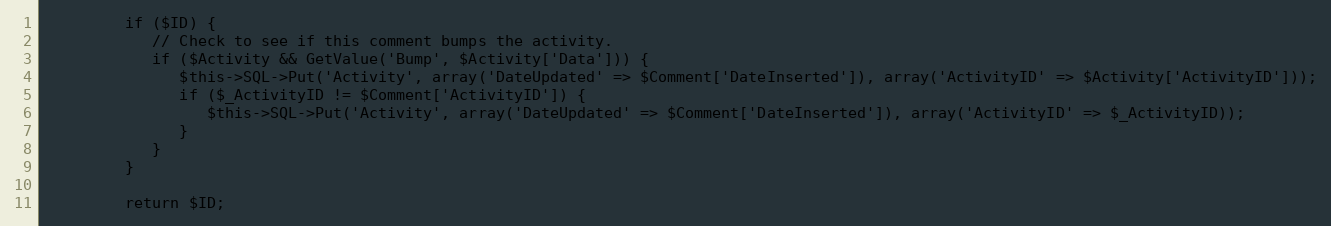
Language: PHP
         if ($ID) {
            // Check to see if this comment bumps the activity.
            if ($Activity && GetValue('Bump', $Activity['Data'])) {
               $this->SQL->Put('Activity', array('DateUpdated' => $Comment['DateInserted']), array('ActivityID' => $Activity['ActivityID']));
               if ($_ActivityID != $Comment['ActivityID']) {
                  $this->SQL->Put('Activity', array('DateUpdated' => $Comment['DateInserted']), array('ActivityID' => $_ActivityID));
               }
            }
         }

         return $ID;